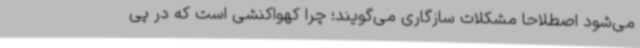
می‌شود اصطلاحا مشکلات سازگاری می‌گویند؛ چرا کهواکنشی است که در پی